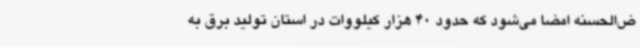
ض‌الحسنه امضا می‌شود که حدود 40 هزار کیلووات در استان تولید برق به